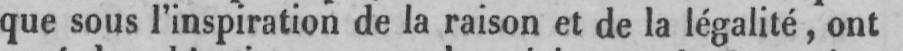
que sous l’inspiration de la raison et de la légalité, ont